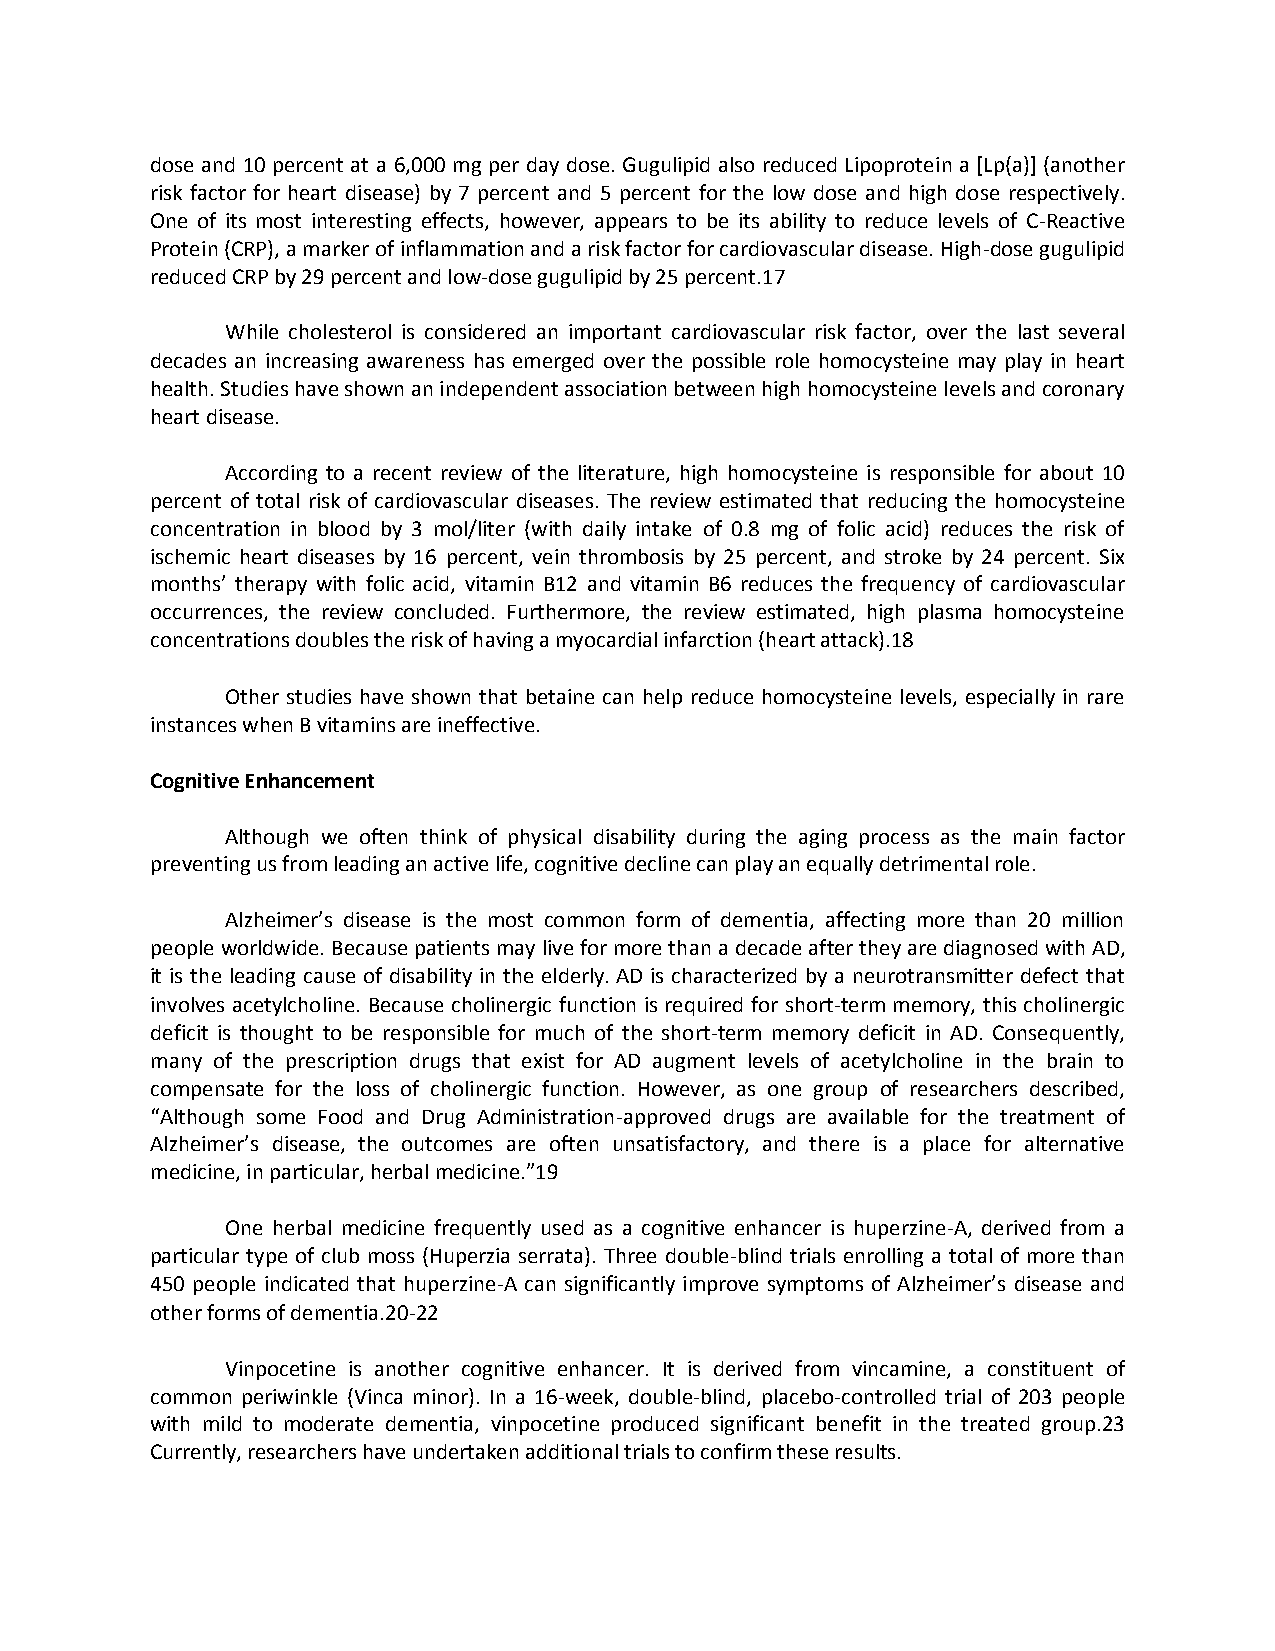
dose and 10 percent at a 6,000 mg per day dose. Gugulipid also reduced Lipoprotein a [Lp(a)] (another
 risk factor for heart disease) by 7 percent and 5 percent for the low dose and high dose respectively.
 One of its most interesting effects, however, appears to be its ability to reduce levels of C-Reactive
 Protein (CRP), a marker of inflammation and a risk factor for cardiovascular disease. High-dose gugulipid
 reduced CRP by 29 percent and low-dose gugulipid by 25 percent.17
 While cholesterol is considered an important cardiovascular risk factor, over the last several
 decades an increasing awareness has emerged over the possible role homocysteine may play in heart
 health. Studies have shown an independent association between high homocysteine levels and coronary
 heart disease.
 According to a recent review of the literature, high homocysteine is responsible for about 10
 percent of total risk of cardiovascular diseases. The review estimated that reducing the homocysteine
 concentration in blood by 3 mol/liter (with daily intake of 0.8 mg of folic acid) reduces the risk of
 ischemic heart diseases by 16 percent, vein thrombosis by 25 percent, and stroke by 24 percent. Six
 months’ therapy with folic acid, vitamin B12 and vitamin B6 reduces the frequency of cardiovascular
 occurrences, the review concluded. Furthermore, the review estimated, high plasma homocysteine
 concentrations doubles the risk of having a myocardial infarction (heart attack).18
 Other studies have shown that betaine can help reduce homocysteine levels, especially in rare
 instances when B vitamins are ineffective.
 Cognitive Enhancement
 Although we often think of physical disability during the aging process as the main factor
 preventing us from leading an active life, cognitive decline can play an equally detrimental role.
 Alzheimer’s disease is the most common form of dementia, affecting more than 20 million
 people worldwide. Because patients may live for more than a decade after they are diagnosed with AD,
 it is the leading cause of disability in the elderly. AD is characterized by a neurotransmitter defect that
 involves acetylcholine. Because cholinergic function is required for short-term memory, this cholinergic
 deficit is thought to be responsible for much of the short-term memory deficit in AD. Consequently,
 many of the prescription drugs that exist for AD augment levels of acetylcholine in the brain to
 compensate for the loss of cholinergic function. However, as one group of researchers described,
 “Although some Food and Drug Administration-approved drugs are available for the treatment of
 Alzheimer’s disease, the outcomes are often unsatisfactory, and there is a place for alternative
 medicine, in particular, herbal medicine.”19
 One herbal medicine frequently used as a cognitive enhancer is huperzine-A, derived from a
 particular type of club moss (Huperzia serrata). Three double-blind trials enrolling a total of more than
 450 people indicated that huperzine-A can significantly improve symptoms of Alzheimer’s disease and
 other forms of dementia.20-22
 Vinpocetine is another cognitive enhancer. It is derived from vincamine, a constituent of
 common periwinkle (Vinca minor). In a 16-week, double-blind, placebo-controlled trial of 203 people
 with mild to moderate dementia, vinpocetine produced significant benefit in the treated group.23
 Currently, researchers have undertaken additional trials to confirm these results.